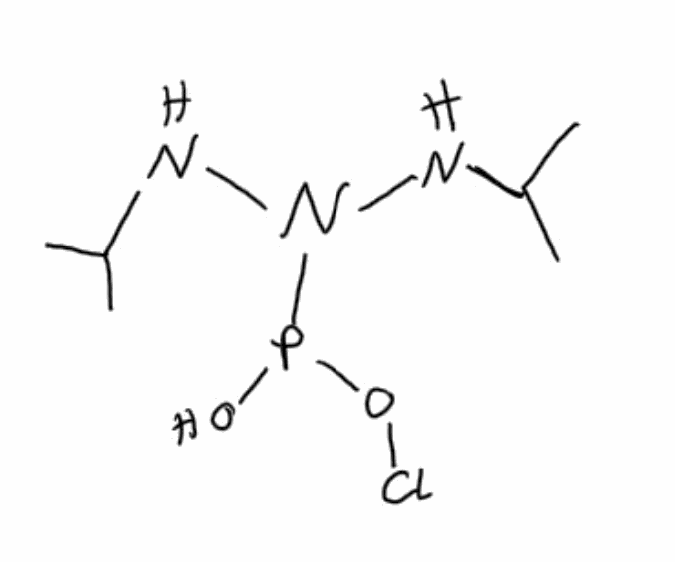
Simplified molecular-input line-entry system (SMILES) notation of the given molecule:
CC(C)NN(NC(C)C)P(O)OCl